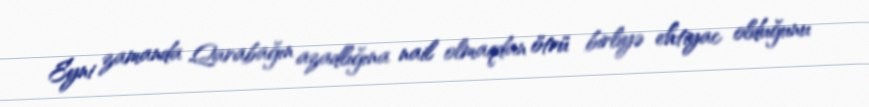
Eyni zamanda Qarabağın azadlığına nail olmaqdan ötrü birliyə ehtiyac olduğunu